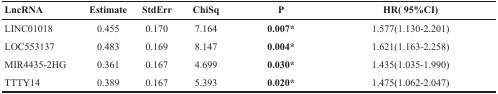
| LncRNA | Estimate | StdErr | ChiSq | P | HR( 95%CI) |
 | --- | --- | --- | --- | --- | --- |
 | LINC01018 | 0.455 | 0.170 | 7.164 | 0.007* | 1.577(1.130-2.201) |
 | LOC553137 | 0.483 | 0.169 | 8.147 | 0.004* | 1.621(1.163-2.258) |
 | MIR4435-2HG | 0.361 | 0.167 | 4.699 | 0.030* | 1.435(1.035-1.990) |
 | TTTY14 | 0.389 | 0.167 | 5.393 | 0.020* | 1.475(1.062-2.047) |